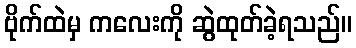
ဗိုက်ထဲမှ ကလေးကို ဆွဲထုတ်ခဲ့ရသည်။